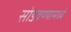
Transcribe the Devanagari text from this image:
सोडवण्यामध्ये